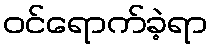
ဝင်ရောက်ခဲ့ရာ